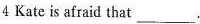
4 Kate is afraid that ___.